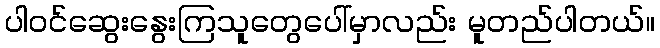
ပါဝင်ဆွေးနွေးကြသူတွေပေါ်မှာလည်း မူတည်ပါတယ်။